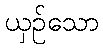
ယှဉ်သော